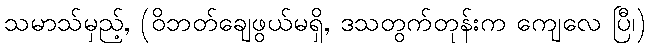
သမာသ်မှည့်, (ဝိဘတ်ချေဖွယ်မရှိ, ဒသတွက်တုန်းက ကျေလေ ပြီ၊)